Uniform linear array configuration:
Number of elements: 4
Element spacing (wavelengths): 0.5
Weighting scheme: exponential
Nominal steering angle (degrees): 30
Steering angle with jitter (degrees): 30.02
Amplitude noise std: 0.05
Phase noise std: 0.05

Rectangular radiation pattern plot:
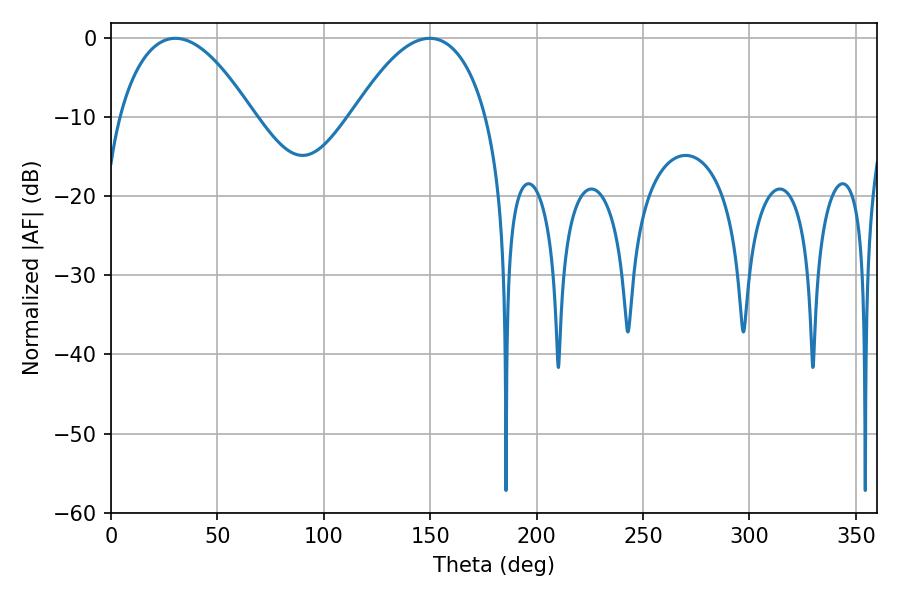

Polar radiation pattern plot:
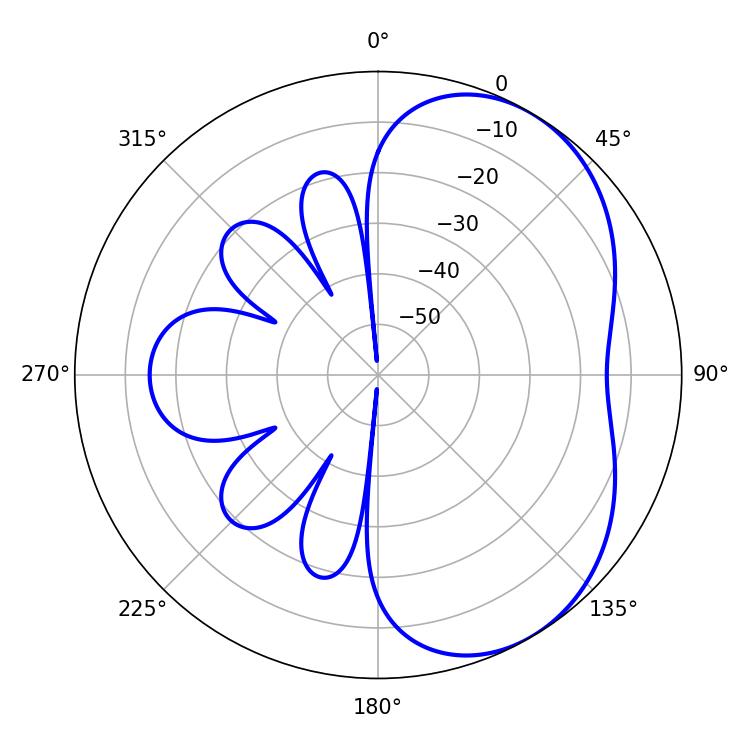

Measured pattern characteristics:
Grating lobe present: FALSE
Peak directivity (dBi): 4.592
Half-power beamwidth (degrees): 34.92
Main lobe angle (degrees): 30.24